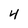
Character: 4